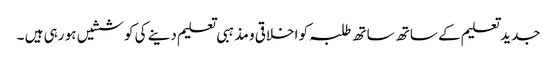
جدید تعلیم کے ساتھ ساتھ طلبہ کو اخلاقی و مذہبی تعلیم دینے کی کوششیں ہو رہی ہیں ۔